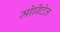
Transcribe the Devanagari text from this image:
मोबिटेल